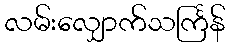
လမ်းလျှောက်သင်္ကြန်